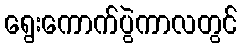
ရွေးကောက်ပွဲကာလတွင်